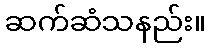
ဆက်ဆံသနည်း။